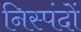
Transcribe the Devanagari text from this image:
निस्पंदों